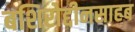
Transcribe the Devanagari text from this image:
बशिरोद्दीनसाहब